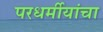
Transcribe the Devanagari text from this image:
परधर्मीयांचा